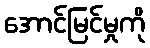
အောင်မြင်မှုကို